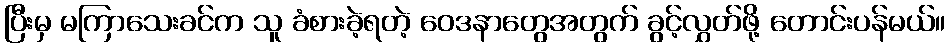
ပြီးမှ မကြာသေးခင်က သူ ခံစားခဲ့ရတဲ့ ဝေဒနာတွေအတွက် ခွင့်လွှတ်ဖို့ တောင်းပန်မယ်။